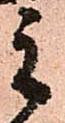
主